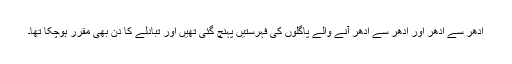
اِدھر سے اُدھر اور اُدھر سے اِدھر آنے والے پاگلوں کی فہرستیں پہنچ گئی تھیں اور تبادلے کا دن بھی مقرر ہوچکا تھا۔